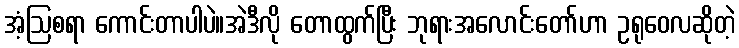
အံ့ဩစရာ ကောင်းတာပါပဲ။အဲဒီလို တောထွက်ပြီး ဘုရားအလောင်းတော်ဟာ ဥရုဝေလဆိုတဲ့